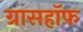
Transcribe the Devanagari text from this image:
ग्रासहॉफ़